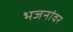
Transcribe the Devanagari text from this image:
भजनांवर